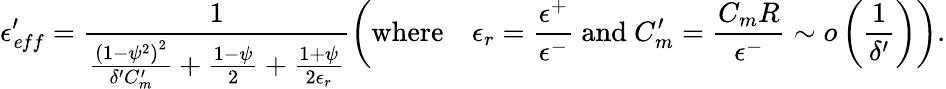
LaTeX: \epsilon_{\mathit eff}^{\prime}=\frac{1}{\frac{\left(1-\psi^{2}\right)^{2}}{\delta^{\prime}C_{m}^{\prime}}+\frac{1-\psi}{2}+\frac{1+\psi}{2\epsilon_{r}}}\left(\mathrm{where}\quad\epsilon_{r}=\frac{\epsilon^{+}}{\epsilon^{-}}\mathrm{~and~}C_{m}^{\prime}=\frac{C_{m}R}{\epsilon^{-}}\sim o\left(\frac{1}{\delta^{\prime}}\right)\right).